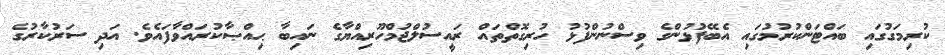
ކުރިމަގުގައި ބައްޓަންކުރުމުގައި އެބޭފުޅުންގެ ވިސްނުންފުޅު ހުރިގޮތްތައް ރައީސުލްޖުމްހޫރިއްޔާގެ ނައިބާ ޙިއްޞާކުރައްވާފައެވެ. އަދި ސަރުކާރުގެ